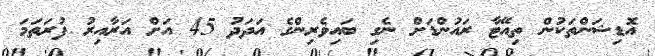
އޮޑިޝަންތަކުން ތިއޭޓާ ރައުންޑަށް ނެގި ބައިވެރިންގެ އަދަދު 45 އަށް އަރާއިރު ފުރަތަމަ